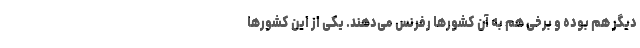
دیگر هم بوده و برخی هم به آن کشورها رفرنس می‌دهند. یکی از این کشورها